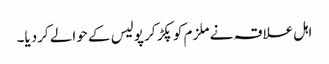
اہل علاقہ نے ملزم کو پکڑ کر پولیس کے حوالے کردیا۔